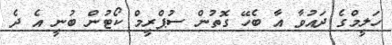
ހަލީމްގެ ދައުވާ އާ ބެހޭ ގޮތުން ސުޕްރީމް ކޯޓުން ބުނީ އެ ދެ